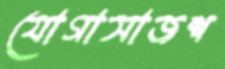
যোগাসাজশ